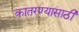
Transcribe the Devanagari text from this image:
कातरण्यासाठी